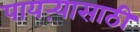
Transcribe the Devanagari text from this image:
पायऱ्यासाठी